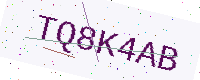
Text: TQ8K4AB